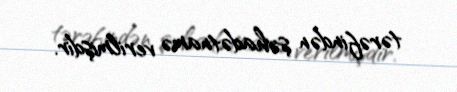
tərəfindən şəhadətnamə verilmişdir.